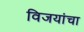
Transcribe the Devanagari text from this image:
विजयांचा